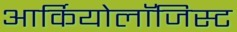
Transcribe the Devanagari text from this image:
आर्कियोलाॅजिस्ट